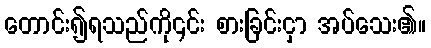
တောင်း၍ရသည်ကို၎င်း စားခြင်းငှာ အပ်သေး၏။